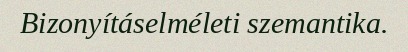
Bizonyításelméleti szemantika.